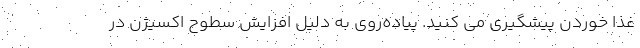
غذا خوردن پیشگیری می کنید. پیاده‌روی به دلیل افزایش سطوح اکسیژن در